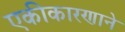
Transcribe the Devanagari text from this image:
एकीकारणाने